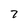
Character: 7